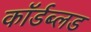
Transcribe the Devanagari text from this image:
कॉर्डब्लड